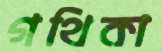
গথিকা